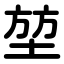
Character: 堃